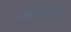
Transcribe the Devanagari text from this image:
साइडस्ट्रीम